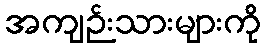
အကျဉ်းသားများကို